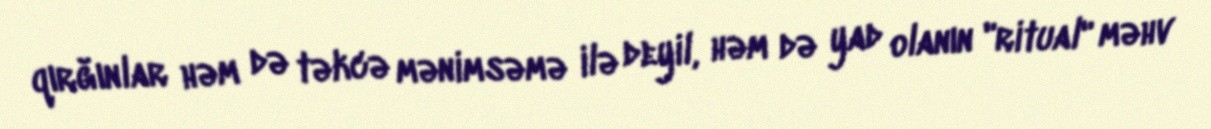
qırğınlar həm də təkcə mənimsəmə ilə deyil, həm də yad olanın "ritual" məhv